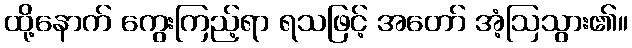
ထို့နောက် ကွေးကြည့်ရာ ရသဖြင့် အတော် အံ့ဩသွား၏။